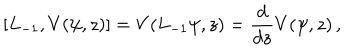
[ L _ { - 1 } , V ( \psi , z ) ] = V ( L _ { - 1 } \psi , z ) = { \frac { d } { d z } } V ( \psi , z ) \, ,